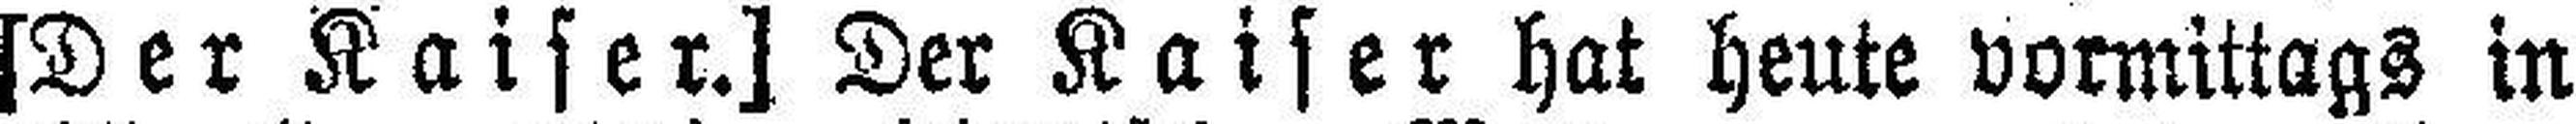
[Der Kaiser.] Der Kaiser hat heute vormittags in